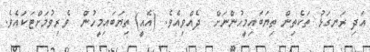
އަދި ރަނގަޅު ތަކެތިން ތިޔަބައިމީހުންނަށް  ދެއްވިއެވެ. (އެއީ) ތިޔަބައިމީހުން  ވެރިވުމަށްޓަކައެވެ.